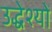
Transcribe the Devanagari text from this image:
उद्धेश्यों